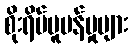
စိုးရိမ်ပူပန်မှုများ